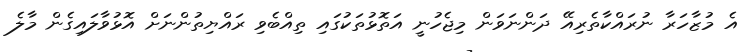
އެ މުޒާހަރާ ނުރައްކާތެރިއޭ ދަންނަވަން މިޖެހުނީ އަތޮޅުތަކުގައި ތިއްބެވި ރައްޔިތުންނަށް އޮޅުވާލައިގެން މާލެ